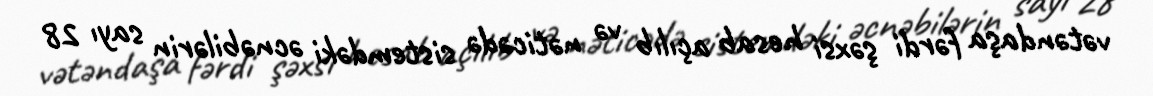
vətəndaşa fərdi şəxsi hesab açılıb və nəticədə sistemdəki əcnəbilərin sayı 28